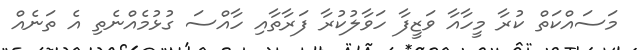
މަސައްކަތް ކުރާ މީހާއާ ވަޒީފާ ހަވާލުކުރާ ފަރާތާއި ހާއްސަ ގުޅުމެއްނެތި އެ ތަނެއް